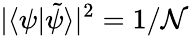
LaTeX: |\langle\psi|\tilde{\psi}\rangle|^{2}=1/\mathcal{N}